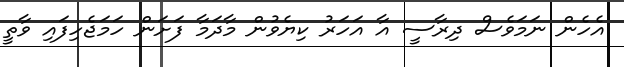
އެހެން ނަމަވެސް ދިރާސީ އާ އަހަރު ކިޔެވުން މާދަމާ ފަށަން ހަމަޖެހިފައި ވާތީ